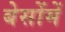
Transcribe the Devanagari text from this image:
बेसोंमें